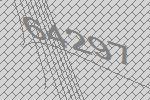
64297